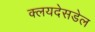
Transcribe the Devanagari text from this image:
क्लयदेसडेल